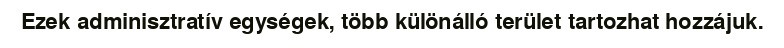
Ezek adminisztratív egységek, több különálló terület tartozhat hozzájuk.